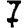
Digit: 7